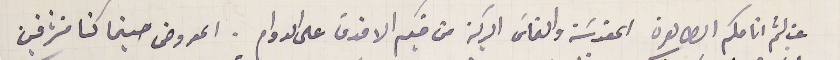
غب لثم انامكم الطاهرة المقدسَة والتماسَ البركة من فمكم الاقدس على الدوام. المعروض حينما كنا مشرفين